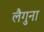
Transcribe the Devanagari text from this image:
लैगुना